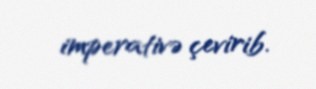
imperativə çevirib.